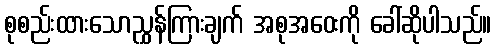
စုစည်းထားသောညွှန်ကြားချက် အစုအဝေးကို ခေါ်ဆိုပါသည်။